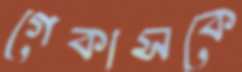
গেকাসকে